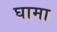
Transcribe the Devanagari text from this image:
घामा